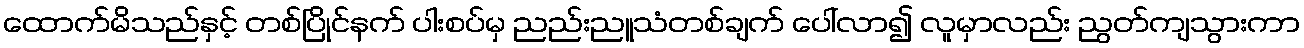
ထောက်မိသည်နှင့် တစ်ပြိုင်နက် ပါးစပ်မှ ညည်းညူသံတစ်ချက် ပေါ်လာ၍ လူမှာလည်း ညွတ်ကျသွားကာ